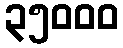
၃၅၀၀၀